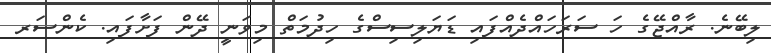
ލިބޭނެ. ރާއްޖޭގެ ހަ ސަރަހައްދެއްފައި ޑަޔަލިސިސްގެ ހިދުމަތް މިވަނީ ދޭން ފަށާފައި. ކެންސަރ